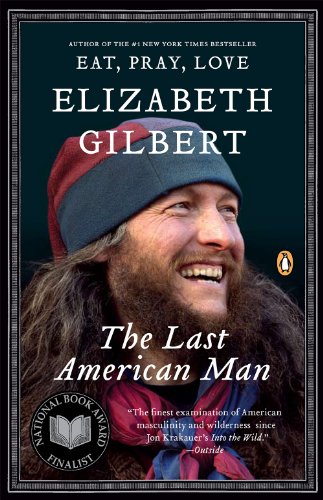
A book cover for The Last American Man; Elizabeth Gilbert; Science & Math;